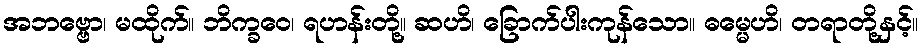
အဘဗ္ဗော၊ မထိုက်။ ဘိက္ခဝေ၊ ရဟန်းတို့။ ဆဟိ၊ ခြောက်ပါးကုန်သော။ ဓမ္မေဟိ၊ တရာတို့နှင့်။